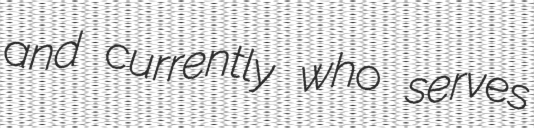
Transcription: and currently who serves